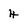
Character: 4